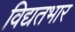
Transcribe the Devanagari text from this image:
विद्यतभार